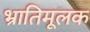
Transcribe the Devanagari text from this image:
भ्रातिमूलक